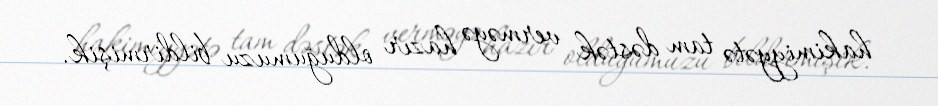
hakimiyyətə tam dəstək verməyə hazır olduğumuzu bildirmişik.